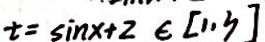
t = \sin x + 2 \in [ 1 , 3 ]